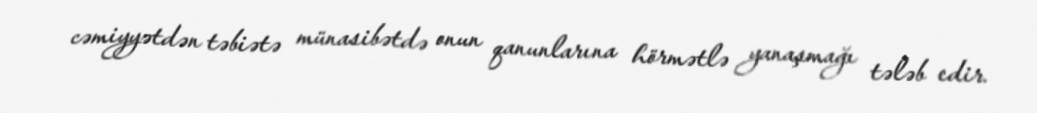
cəmiyyətdən təbiətə münasibətdə onun qanunlarına hörmətlə yanaşmağı tələb edir.